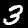
Digit: 3